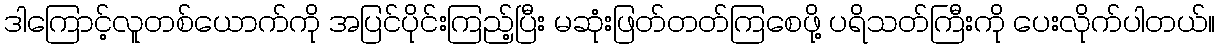
ဒါကြောင့်လူတစ်ယောက်ကို အပြင်ပိုင်းကြည့်ပြီး မဆုံးဖြတ်တတ်ကြစေဖို့ ပရိသတ်ကြီးကို ပေးလိုက်ပါတယ်။